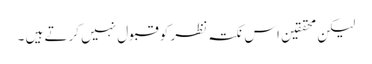
لیکن محققین اس نکتہ نظر کو قبول نہیں کرتے ہیں ۔